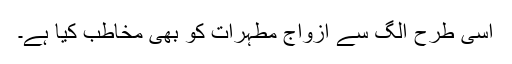
اسی طرح الگ سے ازواج مطہرات کو بھی مخاطب کیا ہے۔